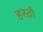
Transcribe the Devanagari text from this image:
हरतौ